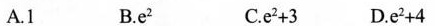
A.1 B.e^{2} C.e^{2}+3 D.e^{2}+4